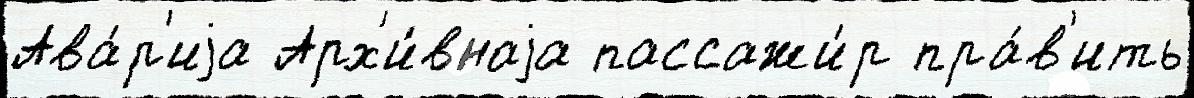
Ава́р'иjа Арх'и́внаjа пассажи́р пра́в'ить